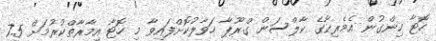
ހޮޓާ ހިންގުން އެމެރިކާގެ ކާލްސަން ގްރޫޕާ ހަވާލުކޮށްފައިވާ މި ހޮޓާ އިމާރާތްކުރުމަށް 7.5